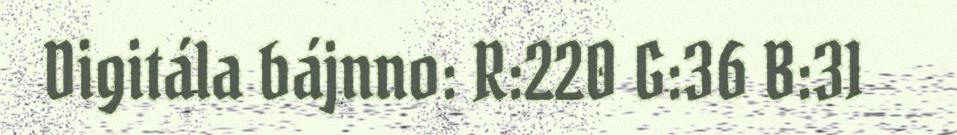
Digitála bájnno: R:220 G:36 B:31